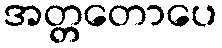
အတ္တတောပေ